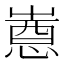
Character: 𫵯